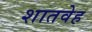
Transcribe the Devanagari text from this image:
शातवेह